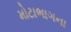
મોટાભાગના